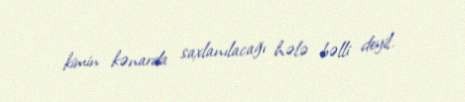
kimin kənarda saxlanılacağı hələ bəlli deyil.